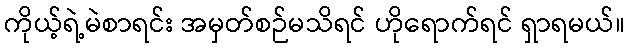
ကိုယ့်ရဲ့မဲစာရင်း အမှတ်စဉ်မသိရင် ဟိုရောက်ရင် ရှာရမယ်။